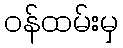
ဝန်ထမ်းမှ